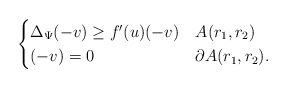
\begin{align*}\begin{cases} \Delta_\Psi (-v) \geq f'(u) (-v) & A(r_{1},r_{2})\\ (-v) = 0 & \partial A(r_{1},r_{2}).\end{cases}\end{align*}